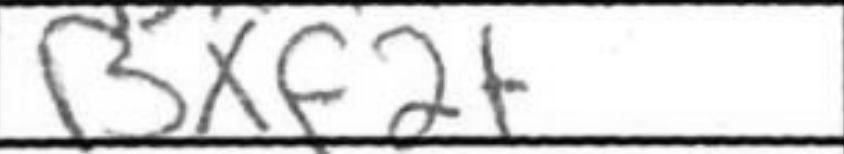
Transcription: Bxf2+